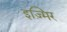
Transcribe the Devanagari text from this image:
इज़्मिर